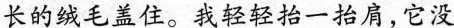
长的绒毛盖住。我轻轻抬一抬肩，它没